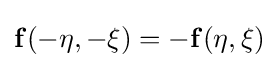
{\bf {f}}(-\eta ,-\xi )=-{\bf {f}}(\eta ,\xi )